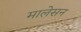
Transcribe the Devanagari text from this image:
मालेसन